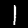
Label: 1